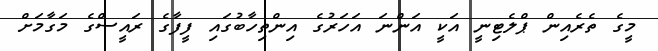
މީގެ ތެރެއިން ޕްލެޓިނީ އަކީ އަންނަ އަހަރުގެ އިންތިހާބުގައި ފީފާގެ ރައީސްގެ މަގާމަށް